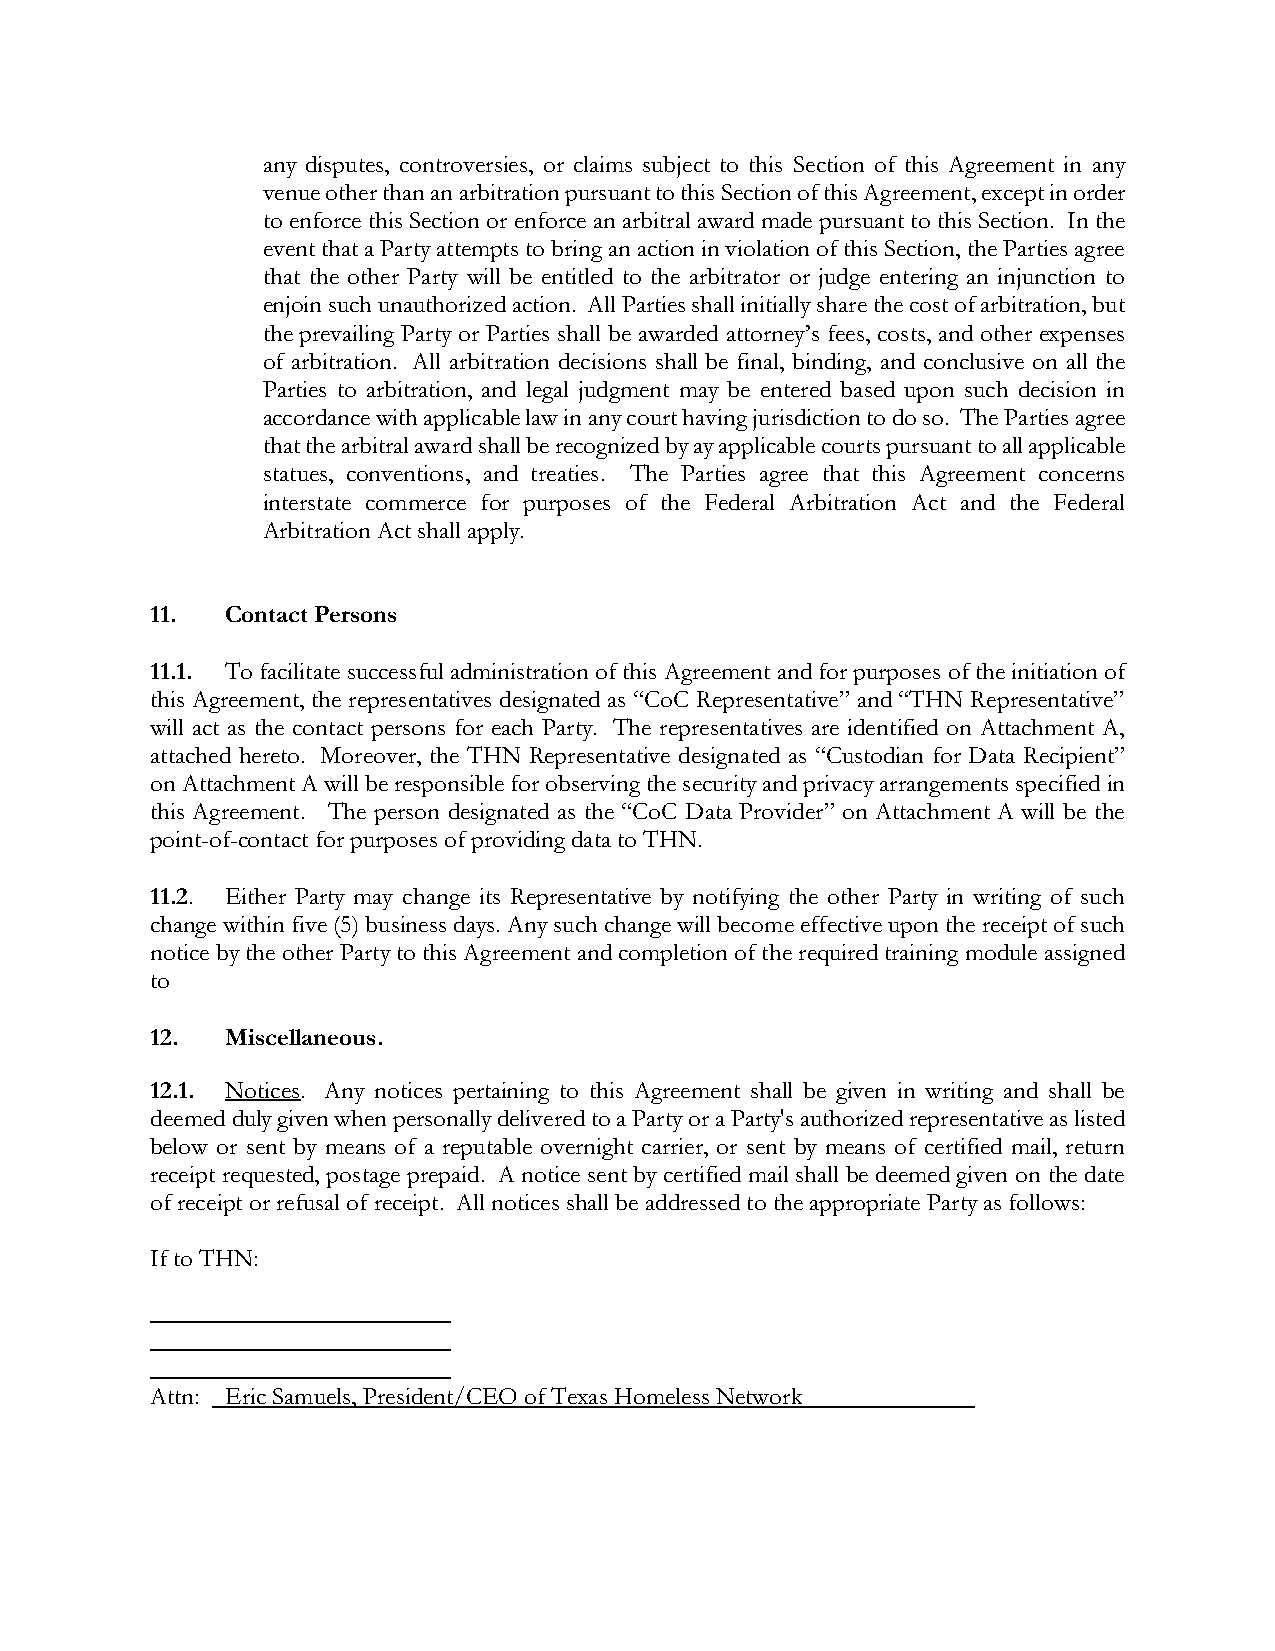
any disputes, controversies, or claims subject to this Section of this Agreement in any
 venue other than an arbitration pursuant to this Section of this Agreement, except in order
 to enforce this Section or enforce an arbitral award made pursuant to this Section. In the
 event that a Party attempts to bring an action in violation of this Section, the Parties agree
 that the other Party will be entitled to the arbitrator or judge entering an injunction to
 enjoin such unauthorized action. All Parties shall initially share the cost of arbitration, but
 the prevailing Party or Parties shall be awarded attorney’s fees, costs, and other expenses
 of arbitration. All arbitration decisions shall be final, binding, and conclusive on all the
 Parties to arbitration, and legal judgment may be entered based upon such decision in
 accordance with applicable law in any court having jurisdiction to do so. The Parties agree
 that the arbitral award shall be recognized by ay applicable courts pursuant to all applicable
 statues, conventions, and treaties. The Parties agree that this Agreement concerns
 interstate commerce for purposes of the Federal Arbitration Act and the Federal
 Arbitration Act shall apply.
 11.  Contact Persons
 11.1. To facilitate successful administration of this Agreement and for purposes of the initiation of
 this Agreement, the representatives designated as “CoC Representative” and “THN Representative”
 will act as the contact persons for each Party. The representatives are identified on Attachment A,
 attached hereto. Moreover, the THN Representative designated as “Custodian for Data Recipient”
 on Attachment A will be responsible for observing the security and privacy arrangements specified in
 this Agreement. The person designated as the “CoC Data Provider” on Attachment A will be the
 point-of-contact for purposes of providing data to THN.
 11.2. Either Party may change its Representative by notifying the other Party in writing of such
 change within five (5) business days. Any such change will become effective upon the receipt of such
 notice by the other Party to this Agreement and completion of the required training module assigned
 to
 12.  Miscellaneous.
 12.1. Notices. Any notices pertaining to this Agreement shall be given in writing and shall be
 deemed duly given when personally delivered to a Party or a Party's authorized representative as listed
 below or sent by means of a reputable overnight carrier, or sent by means of certified mail, return
 receipt requested, postage prepaid. A notice sent by certified mail shall be deemed given on the date
 of receipt or refusal of receipt. All notices shall be addressed to the appropriate Party as follows:
 If to THN:
 Attn: Eric Samuels, President/CEO of Texas Homeless Network